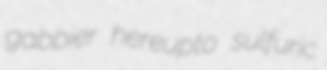
gabbier hereupto sulfuric